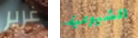
غرير الشيوعية